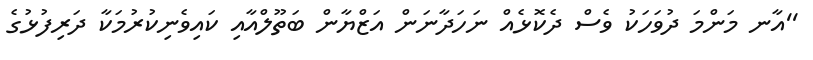
''އާނ މަންމަ ދުވަހަކު ވެސް ދެކޮޅެއް ނަހަދާނަން އަޒްޔާން ބަތޫލްއާއި ކައިވެނިކުރުމަކާ ދަރިފުޅުގެ